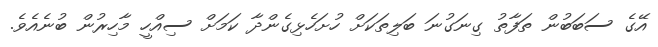
އޭގެ ސަބަބުން ތަފާތު ގިނަގުނަ ބަލިތަކަށް ހުށަހެޅިގެންދާ ކަމަށް ސިއްހީ މާހިރުން ބުނެއެވެ.